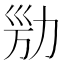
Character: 𠡔